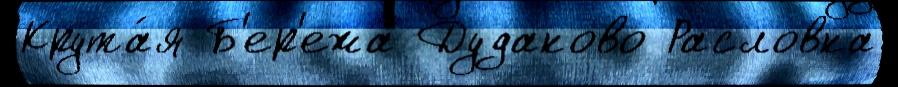
Крута́я Б'ер'ежа Дудаково Расловка